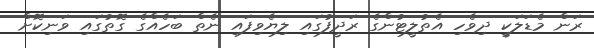
ރަން މެޑަލަކީ ދިވެހި އެތުލީޓުންގެ ރަދީފުގައި ލިޔެވިފައި ނެތް ބަހެއްގެ ގޮތުގައި ވަނިކޮށް